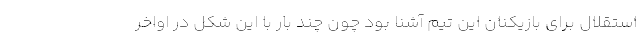
استقلال برای بازیکنان این تیم آشنا بود چون چند بار با این شکل در اواخر